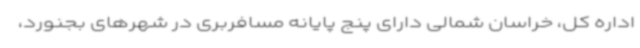
اداره کل، خراسان شمالی دارای پنج پایانه مسافربری در شهرهای بجنورد،